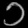
Digit: ၁